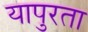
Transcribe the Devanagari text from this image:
यापुरता